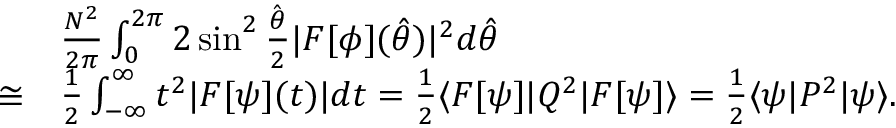
\begin{array} { r l } & { \frac { N ^ { 2 } } { 2 \pi } \int _ { 0 } ^ { 2 \pi } 2 \sin ^ { 2 } \frac { \hat { \theta } } { 2 } | { \cal F } [ \phi ] ( \hat { \theta } ) | ^ { 2 } d \hat { \theta } } \\ { \cong } & { \frac { 1 } { 2 } \int _ { - \infty } ^ { \infty } t ^ { 2 } | { \cal F } [ \psi ] ( t ) | d t = \frac { 1 } { 2 } \langle { \cal F } [ \psi ] | Q ^ { 2 } | { \cal F } [ \psi ] \rangle = \frac { 1 } { 2 } \langle \psi | P ^ { 2 } | \psi \rangle . } \end{array}